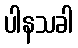
ပါနသခါ